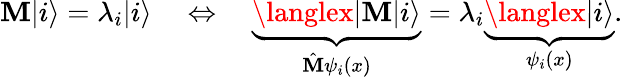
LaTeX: \mathbf{M}|i\rangle=\lambda_{i}|i\rangle\quad\Leftrightarrow\quad\underbrace{{\langlex|\mathbf{M}|i\rangle}}_{\hat{{\mathbf{M}}}\psi_{i}(x)}=\lambda_{i}\underbrace{{\langlex|i\rangle}}_{\psi_{i}(x)}.